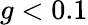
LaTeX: g<0.1